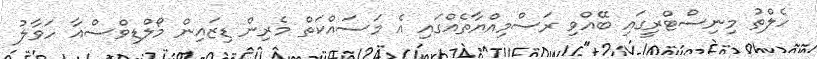
ހެލްތު މިނިސްޓްރީގައި ބޭއްވި ރަސްމިއްޔާތެއްގައި އެ މަސައްކަތް މެރިން ޑިޒައިން މޯލްޑިވްސްއާ ހަވާލު